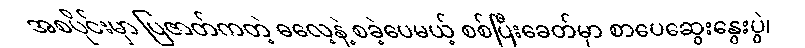
အစပိုင်းမှာ ပြဇာတ်ကတဲ့ ဓလေ့နဲ့ စခဲ့ပေမယ့် စစ်ပြီးခေတ်မှာ စာပေဆွေးနွေးပွဲ၊